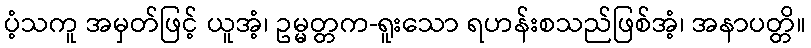
ပံ့သကူ အမှတ်ဖြင့် ယူအံ့၊ ဥမ္မတ္တက-ရူးသော ရဟန်းစသည်ဖြစ်အံ့၊ အနာပတ္တိ။